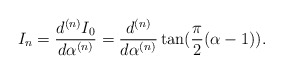
\begin{align*}I_{n}=\frac{d^{(n)}I_{0}}{d\alpha^{(n)}}=\frac{d^{(n)}}{d\alpha^{(n)}}\tan (\frac{\pi}{2}(\alpha -1)).\end{align*}